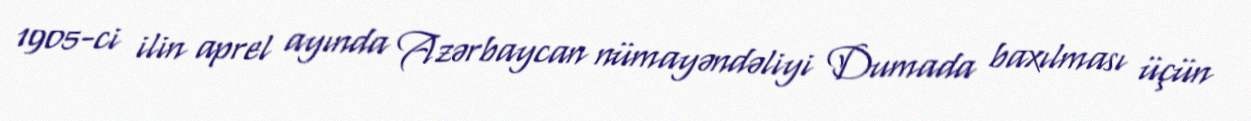
1905-ci ilin aprel ayında Azərbaycan nümayəndəliyi Dumada baxılması üçün